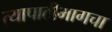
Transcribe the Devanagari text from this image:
त्यापाठीमागचा